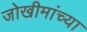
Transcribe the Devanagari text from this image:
जोखीमांच्या